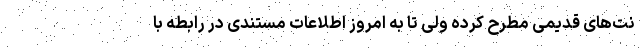
نت‌های قدیمی مطرح کرده ولی تا به امروز اطلاعات مستندی در رابطه با